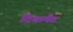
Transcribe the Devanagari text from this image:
टियामैट